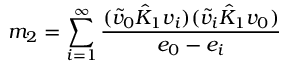
m _ { 2 } = \sum _ { i = 1 } ^ { \infty } \frac { ( \tilde { v } _ { 0 } \hat { K } _ { 1 } v _ { i } ) ( \tilde { v } _ { i } \hat { K } _ { 1 } v _ { 0 } ) } { e _ { 0 } - e _ { i } }